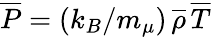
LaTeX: \overline{{P}}=(k_{B}/m_{\mu})\, \overline{{\rho}}\, \overline{{T}}